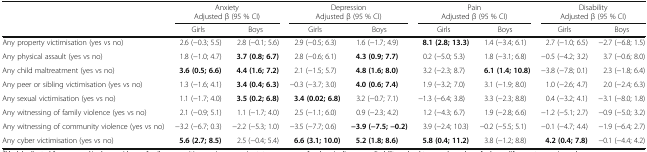
<table><thead><tr><td rowspan="3"></td><td colspan="2"><b>Anxiety</b></td><td colspan="2"><b>Depression</b></td><td colspan="2"><b>Pain</b></td><td colspan="2"><b>Disability</b></td></tr><tr><td colspan="2"><b>Adjusted β (95 % CI)</b></td><td colspan="2"><b>Adjusted β (95 % CI)</b></td><td colspan="2"><b>Adjusted β (95 % CI)</b></td><td colspan="2"><b>Adjusted β (95 % CI)</b></td></tr><tr><td><b>Girls</b></td><td><b>Boys</b></td><td><b>Girls</b></td><td><b>Boys</b></td><td><b>Girls</b></td><td><b>Boys</b></td><td><b>Girls</b></td><td><b>Boys</b></td></tr></thead><tbody><tr><td>Any property victimisation (yes vs no)</td><td>2.6 (−0.3; 5.5)</td><td>2.8 (−0.1; 5.6)</td><td>2.9 (−0.5; 6.3)</td><td>1.6 (−1.7; 4.9)</td><td><b>8.1 (2.8; 13.3)</b></td><td>1.4 (−3.4; 6.1)</td><td>2.7 (−1.0; 6.5)</td><td>−2.7 (−6.8; 1.5)</td></tr><tr><td>Any physical assault (yes vs no)</td><td>1.8 (−1.0; 4.7)</td><td><b>3.7 (0.8; 6.7)</b></td><td>2.8 (−0.6; 6.1)</td><td><b>4.3 (0.9; 7.7)</b></td><td>0.2 (−5.0; 5.3)</td><td>1.8 (−3.1; 6.8)</td><td>−0.5 (−4.2; 3.2)</td><td>3.7 (−0.6; 8.0)</td></tr><tr><td>Any child maltreatment (yes vs no)</td><td><b>3.6 (0.5; 6.6)</b></td><td><b>4.4 (1.6; 7.2)</b></td><td>2.1 (−1.5; 5.7)</td><td><b>4.8 (1.6; 8.0)</b></td><td>3.2 (−2.3; 8.7)</td><td><b>6.1 (1.4; 10.8)</b></td><td>−3.8 (−7.8; 0.1)</td><td>2.3 (−1.8; 6.4)</td></tr><tr><td>Any peer or sibling victimisation (yes vs no)</td><td>1.3 (−1.6; 4.1)</td><td><b>3.4 (0.4; 6.3)</b></td><td>−0.3 (−3.7; 3.0)</td><td><b>4.0 (0.6; 7.4)</b></td><td>1.9 (−3.2; 7.0)</td><td>3.1 (−1.9; 8.0)</td><td>1.0 (−2.6; 4.7)</td><td>2.0 (−2.4; 6.3)</td></tr><tr><td>Any sexual victimisation (yes vs no)</td><td>1.1 (−1.7; 4.0)</td><td><b>3.5 (0.2; 6.8)</b></td><td><b>3.4 (0.02; 6.8)</b></td><td>3.2 (−0.7; 7.1)</td><td>−1.3 (−6.4; 3.8)</td><td>3.3 (−2.3; 8.8)</td><td>0.4 (−3.2; 4.1)</td><td>−3.1 (−8.0; 1.8)</td></tr><tr><td>Any witnessing of family violence (yes vs no)</td><td>2.1 (−0.9; 5.1)</td><td>1.1 (−1.7; 4.0)</td><td>2.5 (−1.1; 6.0)</td><td>0.9 (−2.3; 4.2)</td><td>1.2 (−4.3; 6.7)</td><td>1.9 (−2.8; 6.6)</td><td>−1.2 (−5.1; 2.7)</td><td>−0.9 (−5.0; 3.2)</td></tr><tr><td>Any witnessing of community violence (yes vs no)</td><td>−3.2 (−6.7; 0.3)</td><td>−2.2 (−5.3; 1.0)</td><td>−3.5 (−7.7; 0.6)</td><td><b>−3.9 (−7.5; −0.2)</b></td><td>3.9 (−2.4; 10.3)</td><td>−0.2 (−5.5; 5.1)</td><td>−0.1 (−4.7; 4.4)</td><td>−1.9 (−6.4; 2.7)</td></tr><tr><td>Any cyber victimisation (yes vs no)</td><td><b>5.6 (2.7; 8.5)</b></td><td>2.5 (−0.4; 5.4)</td><td><b>6.6 (3.1; 10.0)</b></td><td><b>5.2 (1.8; 8.6)</b></td><td><b>5.8 (0.4; 11.2)</b></td><td>3.8 (−1.2; 8.8)</td><td><b>4.2 (0.4; 7.8)</b></td><td>−0.1 (−4.4; 4.2)</td></tr></tbody></table>